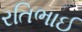
રતિભાઈ